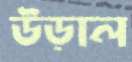
উড়াল